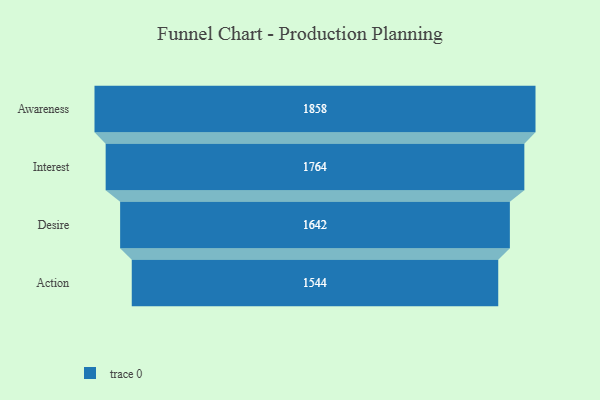
{"axis": {"x": "Stage", "y": "Value"}, "legend": [""], "data": [{"x": "Awareness", "y": 1858.0, "type": ""}, {"x": "Interest", "y": 1764.0, "type": ""}, {"x": "Desire", "y": 1642.0, "type": ""}, {"x": "Action", "y": 1544.0, "type": ""}]}